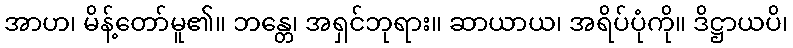
အာဟ၊ မိန့်တော်မူ၏။ ဘန္တေ၊ အရှင်ဘုရား။ ဆာယာယ၊ အရိပ်ပုံကို။ ဒိဋ္ဌာယပိ၊